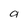
Character: a